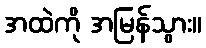
အထဲကို အမြန်သွား။